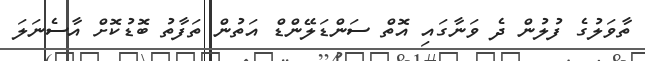
ތާވަލުގެ ފުލުން ދެ ވަނާގައި އޮތް ސަންޑަލޭންޑް އަތުން ތަފާތު ބޮޑުކޮށް އާސެނަލަ